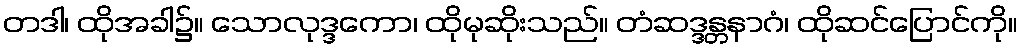
တဒါ၊ ထိုအခါ၌။ သောလုဒ္ဒကော၊ ထိုမုဆိုးသည်။ တံဆဒ္ဒန္တနာဂံ၊ ထိုဆင်ပြောင်ကို။